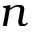
n